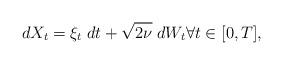
LaTeX: \begin{align*} d X_t = \xi_t \;d t + \sqrt{2\nu} \;d W_t \forall t\in [0,T],\end{align*}